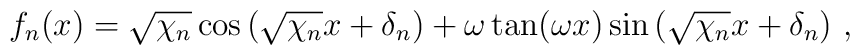
f_n(x) = \sqrt{\chi_n} \cos\left(\sqrt{\chi_n} x + \delta_n\right)+ \omega \tan(\omega x) \sin\left(\sqrt{\chi_n} x + \delta_n\right) \,,